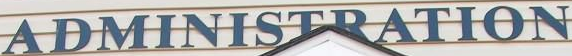
ADMINISTRATION